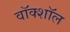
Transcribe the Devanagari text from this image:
वॉक्शॉल